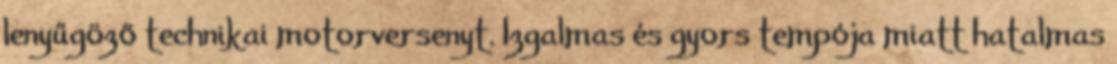
lenyűgöző technikai motorversenyt. Izgalmas és gyors tempója miatt hatalmas